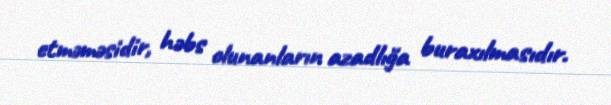
etməməsidir, həbs olunanların azadlığa buraxılmasıdır.